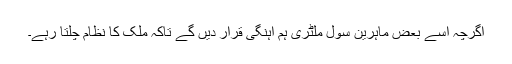
اگرچہ اسے بعض ماہرین سول ملٹری ہم آہنگی قرار دیں گے تاکہ ملک کا نظام چلتا رہے۔